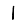
Digit: 1